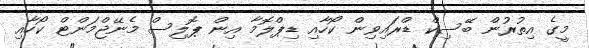
މީގެ އިތުރުން ބޭސިކް ޑްރައިވިން ކޯހާއި ޑިޕްލޮމާ އިން ޕޮލިސް މެނޭޖްމަންޓް ކޯހާއި